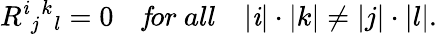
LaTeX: R^{\mathit{i}}{}_{j}{}^{k}{}_{l}=0\quad{\mathit{f}or\ all}\quad|\mathit{i}|\cdot|k|\ne|j|\cdot|l|.